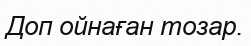
Доп ойнаған тозар.